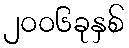
၂၀၀၆ခုနှစ်